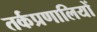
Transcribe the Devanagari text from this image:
तर्कप्रणालियों